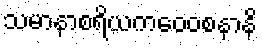
သမာနာစရိယကဝေဝစနာနိ